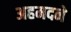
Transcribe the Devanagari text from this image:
अहमदने